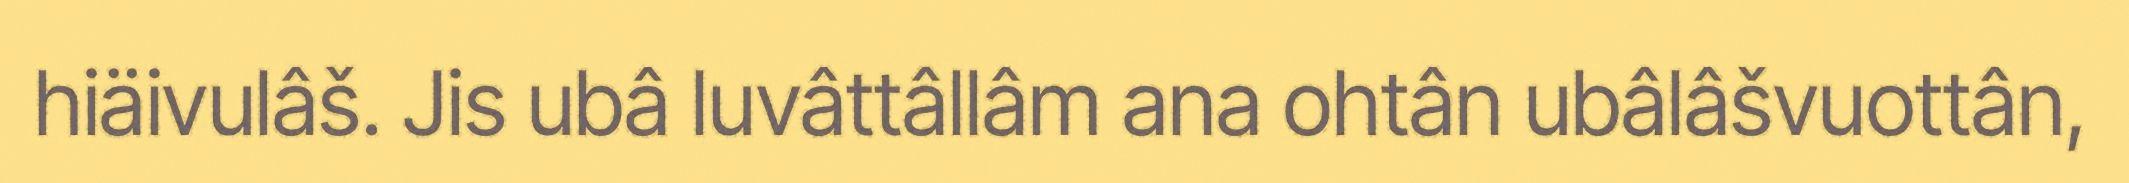
hiäivulâš. Jis ubâ luvâttâllâm ana ohtân ubâlâšvuottân,